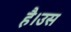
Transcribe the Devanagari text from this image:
है।उस